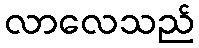
လာလေသည်